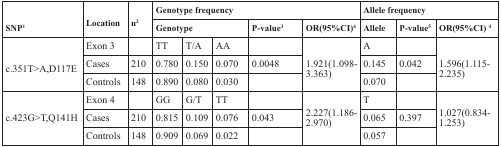
| <ROWSPAN=2> SNP1 | <ROWSPAN=2> Location | <ROWSPAN=2> n2 | <COLSPAN=5> Genotype frequency | <COLSPAN=3> Allele frequency |
 | <COLSPAN=3> Genotype | P-value3 | OR(95%CI)4 | Allele | P-value5 | OR(95%CI) 4 |
 | --- | --- | --- | --- | --- | --- | --- | --- | --- | --- | --- |
 | <ROWSPAN=3> c.351T>A,D117E | Exon 3 |  | TT | T/A | AA |  | <ROWSPAN=3> 1.921(1.098-3.363) | A |  | <ROWSPAN=3> 1.596(1.115-2.235) |
 | Cases | 210 | 0.780 | 0.150 | 0.070 | 0.0048 | 0.145 | 0.042 |
 | Controls | 148 | 0.890 | 0.080 | 0.030 |  | 0.070 |  |
 | <ROWSPAN=3> c.423G>T,Q141H | Exon 4 |  | GG | G/T | TT |  | <ROWSPAN=3> 2.227(1.186-2.970) | T |  | <ROWSPAN=3> 1.027(0.834-1.253) |
 | Cases | 210 | 0.815 | 0.109 | 0.076 | 0.043 | 0.065 | 0.397 |
 | Controls | 148 | 0.909 | 0.069 | 0.022 |  | 0.057 |  |